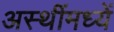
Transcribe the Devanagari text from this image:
अस्थींमध्यें